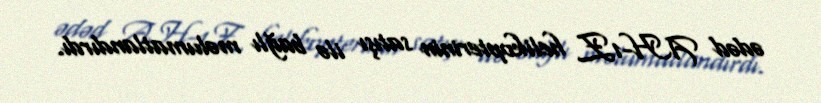
ədəd AH-1Z helikopterinin satışı ilə bağlı məlumatlandırdı.